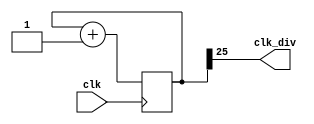
`timescale 1ns / 1ps

module clock_divider(clk,clk_div);
    input clk;
    output clk_div;
    parameter n = 26;
    reg[n-1:0]num;
    wire[n-1:0]next_num;
    always@(posedge clk)begin
        num <= next_num;
    end
    assign next_num = num + 1;
    assign clk_div = num[n-1];
endmodule

module lab03_2(clk,rst,en,dir,led);
    input clk,rst,en,dir;
    output[15:0] led;
    reg[15:0]led1_next,led3_next;
    reg[15:0]led1,led3;
    wire clk_div1,clk_div3,clk_div23,clk_div26;
	
	clock_divider #(26) div1(.clk(clk), .clk_div(clk_div26));
    clock_divider #(23) div2(.clk(clk), .clk_div(clk_div23));
        
    assign clk_div1 = (dir == 1)?clk_div26 : clk_div23;
	assign clk_div3 = (dir == 1)?clk_div23 : clk_div26;

        always@(posedge clk_div3)begin
            led3 <= led3_next;
        end
		always@(posedge clk_div1)begin
            led1 <= led1_next;
        end
        always@(*)begin
            if(rst == 1)begin
                led3_next = 16'b1110000000000000;
				led1_next = 16'b1000000000000000;
            end
            else begin
                if(en == 1 && dir == 0)begin
                    led1_next[14:0] = led1[15:1];
                    led1_next[15] = led1[0];
					led3_next[14:0] = led3[15:1];
                    led3_next[15] = led3[0];
                end
                else if (en == 1 && dir == 1)begin
                    led1_next[0] = led1[15];
                    led1_next[15:1] = led1[14:0];
                    led3_next[0] = led3[15];
                    led3_next[15:1] = led3[14:0];
                end
                else begin
                    led1_next = led1;
					led3_next = led3;
                end
            end
        end
	assign led = led1 | led3;

endmodule